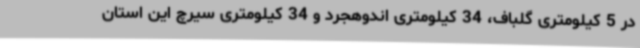
در 5 کیلومتری گلباف، 34 کیلومتری اندوهجرد و 34 کیلومتری سیرچ این استان